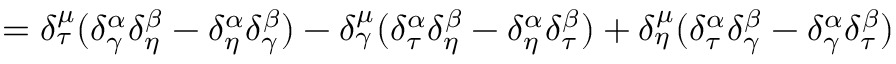
= \delta _ { \tau } ^ { \mu } ( \delta _ { \gamma } ^ { \alpha } \delta _ { \eta } ^ { \beta } - \delta _ { \eta } ^ { \alpha } \delta _ { \gamma } ^ { \beta } ) - \delta _ { \gamma } ^ { \mu } ( \delta _ { \tau } ^ { \alpha } \delta _ { \eta } ^ { \beta } - \delta _ { \eta } ^ { \alpha } \delta _ { \tau } ^ { \beta } ) + \delta _ { \eta } ^ { \mu } ( \delta _ { \tau } ^ { \alpha } \delta _ { \gamma } ^ { \beta } - \delta _ { \gamma } ^ { \alpha } \delta _ { \tau } ^ { \beta } )